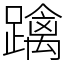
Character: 𨆓